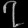
Digit: ၇